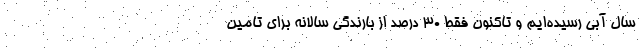
سال آبی رسیده‌ایم و تاکنون فقط ۳۰ درصد از بارندگی سالانه برای تامین